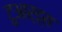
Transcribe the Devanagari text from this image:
टुआर्ड्स